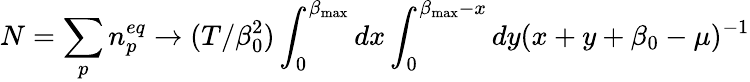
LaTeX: N=\sum_{p}n_{p}^{eq}\to(T/\beta_{0}^{2})\int_{0}^{\beta_{\mathrm{max}}}dx\int_{0}^{\beta_{\mathrm{max}}-x}dy(x+y+\beta_{0}-\mu)^{-1}